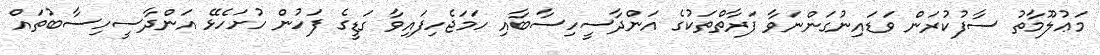
މަޢުލޫމާތު ސާފުކުރަން ވަޑައިނުގަންނަވާ ފަރާތްތަކުގެ އަންދާސީހިސާބާއި ހަމަޖެހިފައިވާ ގަޑީގެ ފަހުން ހުށަހެޅޭ އަންދާސީހިސާބުތައް